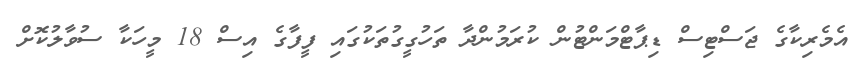
އެމެރިކާގެ ޖަސްޓިސް ޑިޕާޓްމަންޓުން ކުރަމުންދާ ތަހުގީގުތަކުގައި ފީފާގެ އިސް 18 މީހަކާ ސުވާލުކޮށް